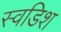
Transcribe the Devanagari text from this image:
स्वडिश